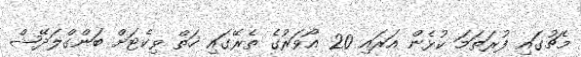
މެޗުގައި ފުރަތަމަ ކުޅެން އަރައި 20 އޯވަރުގެ ތެރޭގައި ހަތް ވިކެޓަށް ބަންގްލަދޭޝް